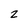
Character: 2